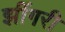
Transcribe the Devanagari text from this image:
झींगरी